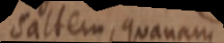
saltem, quanam